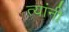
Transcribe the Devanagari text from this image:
त्‍यांंनी